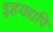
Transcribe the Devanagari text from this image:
इहयद्यपि